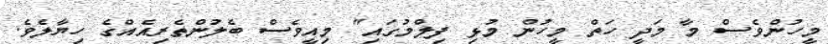
މީހުންވެސް މާ މަދީ ހަތް މީހުން މުޅި ފިލްމުގައި" މިއީވެސް ބެލުންތެރިއެއްގެ ހިޔާލެވެ.